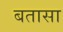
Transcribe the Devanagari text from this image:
बतासा